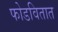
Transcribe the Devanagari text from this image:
फोडवितात